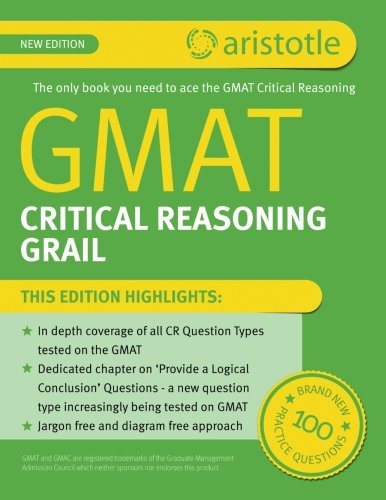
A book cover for GMAT Critical Reasoning Grail; Aristotle Prep; Test Preparation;